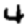
Digit: 4